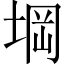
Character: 堈